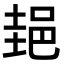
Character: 郌